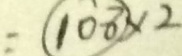
= \textcircled { 1 0 8 } \times 2